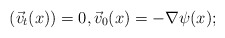
\begin{align*}\left( \vec{v}_t(x)\right) =0,\vec{v}_0(x) = -\nabla\psi(x);\end{align*}